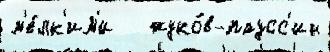
м'е́лк'им'и   жуко́в-паусс'ин